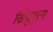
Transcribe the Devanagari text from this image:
सिंधुरत्‍न